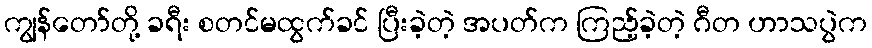
ကျွန်တော်တို့ ခရီး စတင်မထွက်ခင် ပြီးခဲ့တဲ့ အပတ်က ကြည့်ခဲ့တဲ့ ဂီတ ဟာသပွဲက